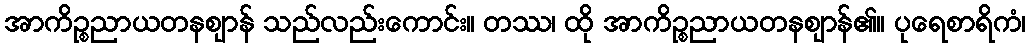
အာကိဉ္စညာယတနဈာန် သည်လည်းကောင်း။ တဿ၊ ထို အာကိဉ္စညာယတနဈာန်၏။ ပုရေစာရိကံ၊